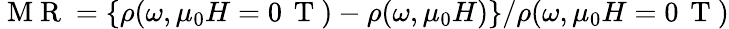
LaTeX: \mathrm{~M~R~}=\left\{ \rho(\omega,\mu_{0}H=0\, \mathrm{~T~})-\rho(\omega,\mu_{0}H)\right\} /\rho(\omega,\mu_{0}H=0\, \mathrm{~T~})